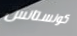
كونستانس